Report on the lunatic asylums under the Government of Bombay - 1904-1913
Year: 1904
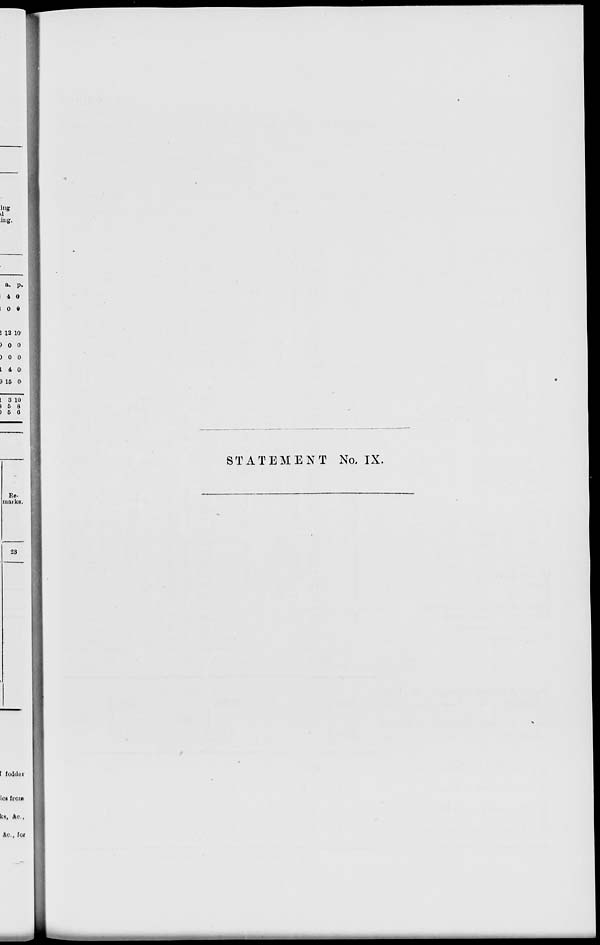
STATEMENT No. IX.